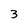
Character: 3